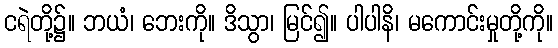
ငရဲတို့၌။ ဘယံ၊ ဘေးကို။ ဒိသွာ၊ မြင်၍။ ပါပါနိ၊ မကောင်းမှုတို့ကို။